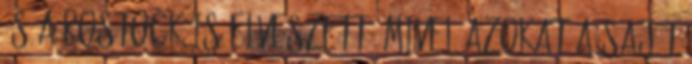
és a Rostock is elveszett, mivel azokat a saját